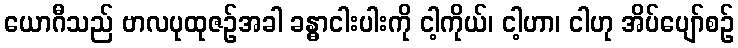
ယောဂီသည် ဗာလပုထုဇဉ်အခါ ခန္ဓာငါးပါးကို ငါ့ကိုယ်၊ ငါ့ဟာ၊ ငါဟု အိပ်ပျော်စဉ်